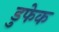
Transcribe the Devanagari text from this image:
डुफेक